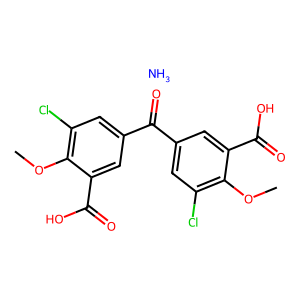
SMILES: COc1c(Cl)cc(C(=O)c2cc(Cl)c(OC)c(C(=O)O)c2)cc1C(=O)O.N
Inhibits HIV replication: No